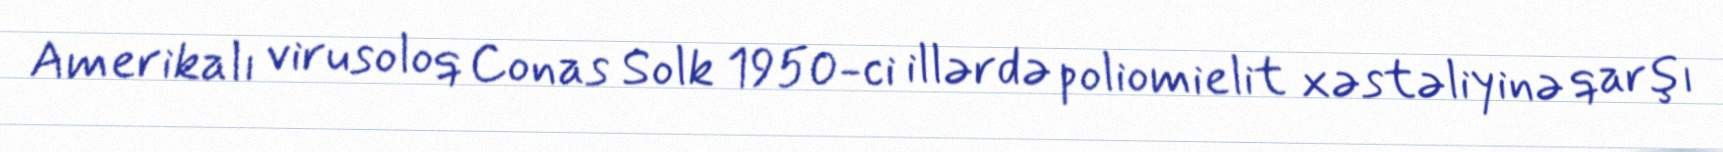
Amerikalı virusoloq Conas Solk 1950-ci illərdə poliomielit xəstəliyinə qarşı